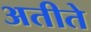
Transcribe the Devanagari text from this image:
अतीते